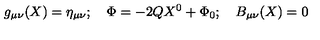
g _ { \mu \nu } ( X ) = \eta _ { \mu \nu } ; \quad \Phi = - 2 Q X ^ { 0 } + \Phi _ { 0 } ; \quad B _ { \mu \nu } ( X ) = 0